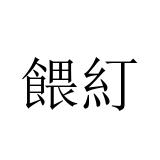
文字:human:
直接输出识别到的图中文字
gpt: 餵糽